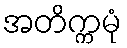
အတိက္ကမုံ